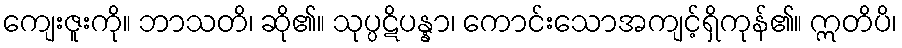
ကျေးဇူးကို။ ဘာသတိ၊ ဆို၏။ သုပ္ပဋိပန္နာ၊ ကောင်းသောအကျင့်ရှိကုန်၏။ ဣတိပိ၊